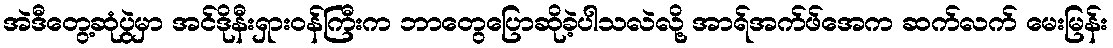
အဲဒီတွေ့ဆုံပွဲမှာ အင်ဒိုနီးရှားဝန်ကြီးက ဘာတွေပြောဆိုခဲ့ပါသလဲလို့ အာရ်အက်ဖ်အေက ဆက်လက် မေးမြန်း